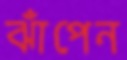
ঝাঁপেন